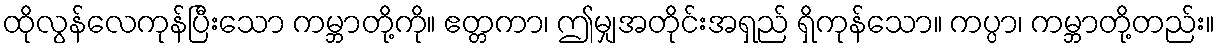
ထိုလွန်လေကုန်ပြီးသော ကမ္ဘာတို့ကို။ ဧတ္တကာ၊ ဤမျှအတိုင်းအရှည် ရှိကုန်သော။ ကပ္ပာ၊ ကမ္ဘာတို့တည်း။